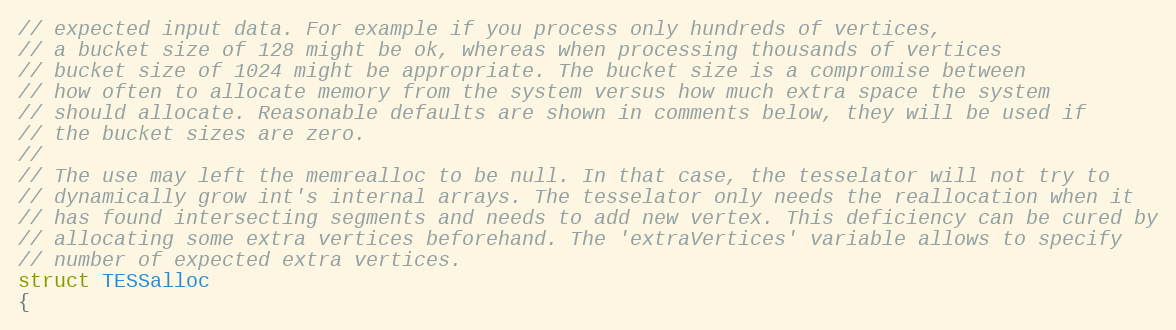
Language: C
// expected input data. For example if you process only hundreds of vertices,
// a bucket size of 128 might be ok, whereas when processing thousands of vertices
// bucket size of 1024 might be appropriate. The bucket size is a compromise between
// how often to allocate memory from the system versus how much extra space the system
// should allocate. Reasonable defaults are shown in comments below, they will be used if
// the bucket sizes are zero.
//
// The use may left the memrealloc to be null. In that case, the tesselator will not try to
// dynamically grow int's internal arrays. The tesselator only needs the reallocation when it
// has found intersecting segments and needs to add new vertex. This deficiency can be cured by
// allocating some extra vertices beforehand. The 'extraVertices' variable allows to specify
// number of expected extra vertices.
struct TESSalloc
{